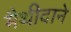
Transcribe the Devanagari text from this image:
मैथीदाने